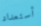
أستعداد